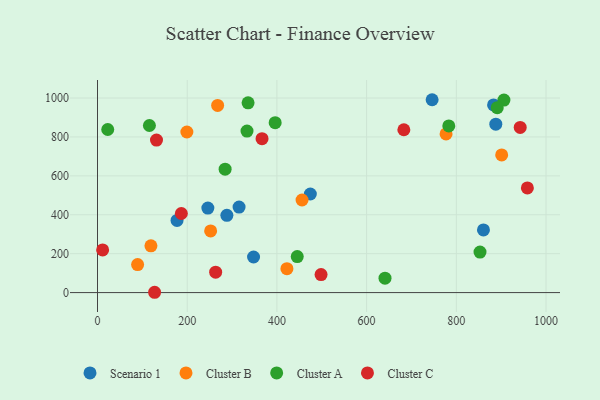
{"axis": {"x": "Speed", "y": "Fuel Efficiency"}, "legend": ["Cluster A", "Cluster B", "Cluster C", "Scenario 1"], "data": [{"x": "288.4", "y": 397.2, "type": "Scenario 1"}, {"x": "347.9", "y": 182.9, "type": "Scenario 1"}, {"x": "888.0", "y": 865.8, "type": "Scenario 1"}, {"x": "474.5", "y": 506.8, "type": "Scenario 1"}, {"x": "883.0", "y": 964.7, "type": "Scenario 1"}, {"x": "177.3", "y": 370.9, "type": "Scenario 1"}, {"x": "746.0", "y": 991.3, "type": "Scenario 1"}, {"x": "246.0", "y": 434.2, "type": "Scenario 1"}, {"x": "860.5", "y": 322.2, "type": "Scenario 1"}, {"x": "315.6", "y": 439.3, "type": "Scenario 1"}, {"x": "267.8", "y": 962.1, "type": "Cluster B"}, {"x": "777.1", "y": 815.4, "type": "Cluster B"}, {"x": "199.2", "y": 825.5, "type": "Cluster B"}, {"x": "901.1", "y": 707.6, "type": "Cluster B"}, {"x": "456.0", "y": 475.8, "type": "Cluster B"}, {"x": "119.1", "y": 240.3, "type": "Cluster B"}, {"x": "89.4", "y": 143.8, "type": "Cluster B"}, {"x": "252.2", "y": 316.8, "type": "Cluster B"}, {"x": "422.3", "y": 122.9, "type": "Cluster B"}, {"x": "641.0", "y": 74.3, "type": "Cluster A"}, {"x": "783.2", "y": 856.5, "type": "Cluster A"}, {"x": "333.3", "y": 830.3, "type": "Cluster A"}, {"x": "396.1", "y": 873.5, "type": "Cluster A"}, {"x": "906.1", "y": 989.4, "type": "Cluster A"}, {"x": "284.5", "y": 634.2, "type": "Cluster A"}, {"x": "115.7", "y": 858.9, "type": "Cluster A"}, {"x": "852.8", "y": 208.2, "type": "Cluster A"}, {"x": "335.7", "y": 975.2, "type": "Cluster A"}, {"x": "891.2", "y": 950.4, "type": "Cluster A"}, {"x": "22.8", "y": 838.2, "type": "Cluster A"}, {"x": "445.3", "y": 185.3, "type": "Cluster A"}, {"x": "366.8", "y": 791.0, "type": "Cluster C"}, {"x": "127.3", "y": 1.6, "type": "Cluster C"}, {"x": "958.4", "y": 537.9, "type": "Cluster C"}, {"x": "11.4", "y": 219.1, "type": "Cluster C"}, {"x": "131.5", "y": 783.8, "type": "Cluster C"}, {"x": "942.4", "y": 848.8, "type": "Cluster C"}, {"x": "263.4", "y": 104.8, "type": "Cluster C"}, {"x": "186.9", "y": 406.4, "type": "Cluster C"}, {"x": "683.0", "y": 837.0, "type": "Cluster C"}, {"x": "498.4", "y": 92.5, "type": "Cluster C"}]}